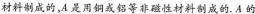
材料制成的，A是用铜或铝等非磁性材料制成的.A的